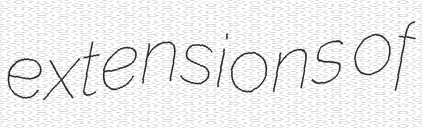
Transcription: extensions of